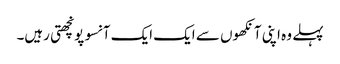
پہلے وہ اپنی آنکھوں سے ایک ایک آنسو پونچھتی رہیں۔